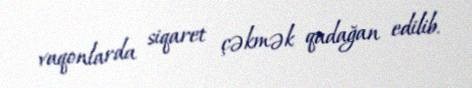
vaqonlarda siqaret çəkmək qadağan edilib.